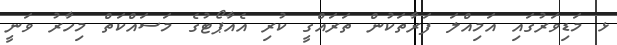
ޅ މަޑިވަރުގައި އަމިއްލަ ފަރާތަކުން ތަރައްގީ ކުރި އެއާޕޯޓުގެެ މަސައްކަތް މިހާރު ވަނީ